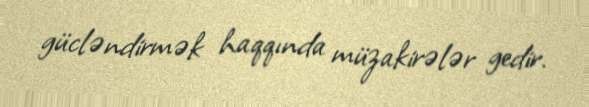
gücləndirmək haqqında müzakirələr gedir.